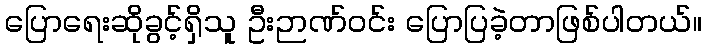
ပြောရေးဆိုခွင့်ရှိသူ ဦးဉာဏ်ဝင်း ပြောပြခဲ့တာဖြစ်ပါတယ်။